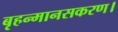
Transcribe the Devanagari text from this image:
बृहन्मानसकरण।